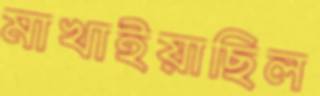
মাখাইয়াছিল